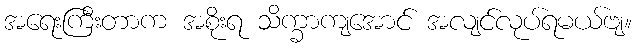
အရေးကြီးတာက အစိုးရ သိက္ခာကျအောင် အလျင်လုပ်ရမယ်ဗျ။